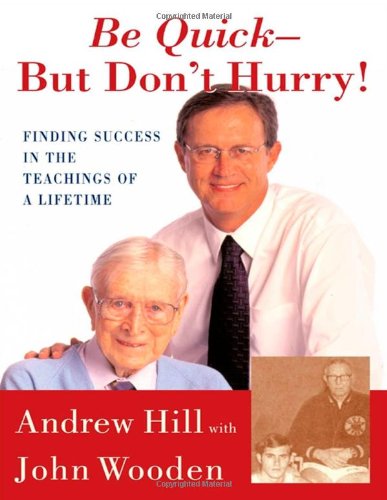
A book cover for Be Quick - But Don't Hurry: Finding Success in the Teachings of a Lifetime; Andrew Hill; Biographies & Memoirs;